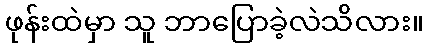
ဖုန်းထဲမှာ သူ ဘာပြောခဲ့လဲသိလား။